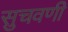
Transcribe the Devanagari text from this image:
सुचवणी